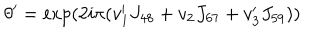
\theta ^ { \prime } = \exp ( 2 i \pi ( v _ { 1 } ^ { \prime } J _ { 4 8 } + v _ { 2 } J _ { 6 7 } + v _ { 3 } ^ { \prime } J _ { 5 9 } ) )